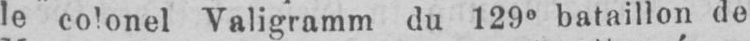
le colonel Valigramm du 129e bataillon de